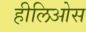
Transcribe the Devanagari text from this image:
हीलिओस